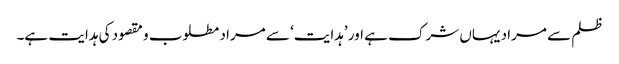
ظلم سے مراد یہاں شرک ہے اور ’ہدایت‘ سے مراد مطلوب و مقصود کی ہدایت ہے۔